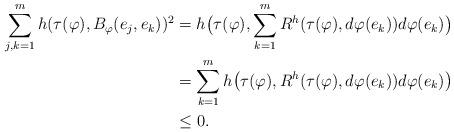
LaTeX: \begin{align*}\sum_{j,k=1}^mh(\tau(\varphi),B_{\varphi}(e_j,e_k))^2&=h\big(\tau(\varphi),\sum_{k=1}^mR^h(\tau(\varphi),d\varphi(e_k))d\varphi(e_k)\big)\\&=\sum_{k=1}^m h\big(\tau(\varphi),R^h(\tau(\varphi),d\varphi(e_k))d\varphi(e_k)\big)\\&\leq 0. \end{align*}